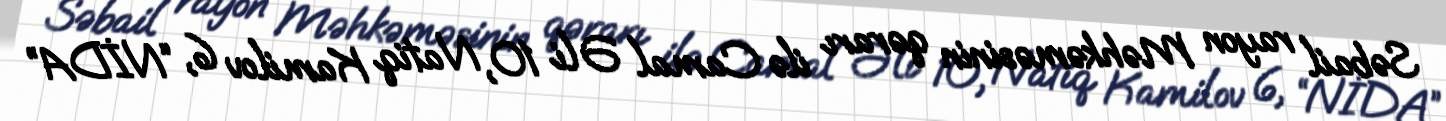
Səbail rayon Məhkəməsinin qərarı ilə Camal Əli 10, Natiq Kamilov 6, “NİDA”